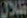
ظلال